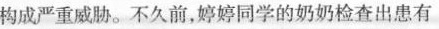
构成严重威胁。不久前，婷婷同学的奶奶检查出患有